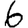
Digit: 6